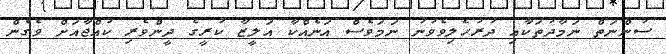
ސުންނަތް ނަމާދުތަކާއި ދުރުހެލިވެވުނު ނަމަވެސް އަނެއްކާ އަލީޒާ ކުރީގެ ދީންވެރި ކުއްޖާއަށް ވެގެން